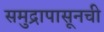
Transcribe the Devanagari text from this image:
समुद्रापासूनची